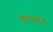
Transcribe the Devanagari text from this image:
ह्यधादहृ